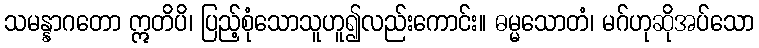
သမန္နာဂတော ဣတိပိ၊ ပြည့်စုံသောသူဟူ၍လည်းကောင်း။ ဓမ္မသောတံ၊ မဂ်ဟုဆိုအပ်သော